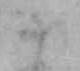
十